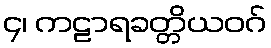
၄၊ ကဠာရခတ္တိယဝဂ်